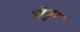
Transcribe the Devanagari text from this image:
चैड्डर